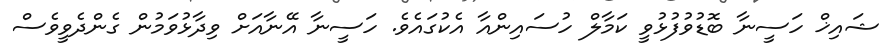
ޝައިޚް ހަސީނާ ބޮޑުވުފުޅުވީ ކަމާލް ހުސައިންއާ އެކުގައެވެ. ހަސީނާ އޭނާއަށް ވިދާޅުވަމުން ގެންދެވީވެސް